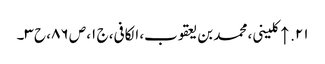
۲۱. ↑ کلینی، محمد بن یعقوب، الکافی، ج ۱، ص ۸۶، ح ۳۔